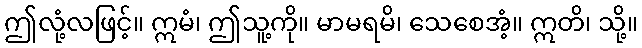
ဤလုံ့လဖြင့်။ ဣမံ၊ ဤသူ့ကို။ မာမရမိ၊ သေစေအံ့။ ဣတိ၊ သို့။